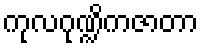
ကုလဂုဏ္ဍိကဇာတာ